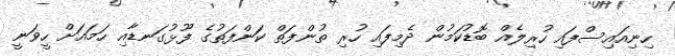
ހިނިއައިސްފައި ހުރިލެއް ބޮޑުކަމުން ދެމިފައި ހުރި ތުންފަތް ކަންފަތުގެ ފޫޅުގަނޑާއި ހަމައަށް ހީވަނީ